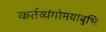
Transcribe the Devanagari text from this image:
कर्तव्यंगोमयांबुभिः